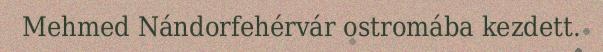
Mehmed Nándorfehérvár ostromába kezdett.